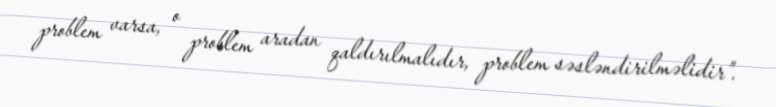
problem varsa, o problem aradan qaldırılmalıdır, problem səsləndirilməlidir”.